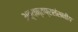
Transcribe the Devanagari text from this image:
अत्यन्तप्रशंसनीय